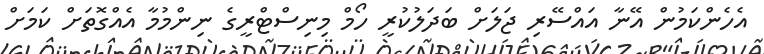
އެހެންކަމުން އޭނާ އައްސޭރި ޖަލަށް ބަދަލުކުރީ ހޯމް މިނިސްޓްރީގެ ނިންމުމާ އެއްގޮތަށް ކަމަށް